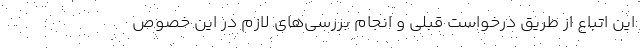
این اتباع از طریق درخواست قبلی و انجام بررسی‌های لازم در این خصوص